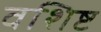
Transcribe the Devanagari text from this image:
वशिष्ट